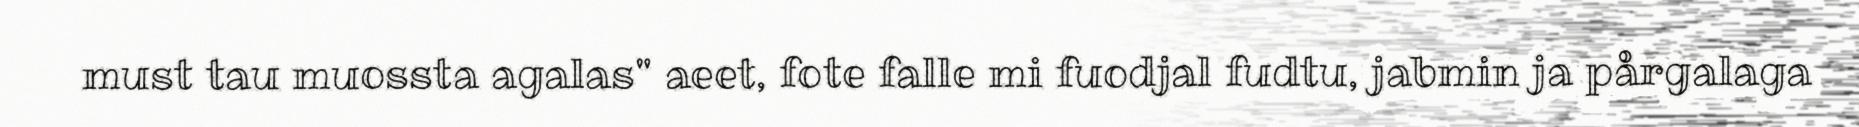
must tau muossta agalas" aeet, fote falle mi fuodjal fudtu, jabmin ja pårgalaga